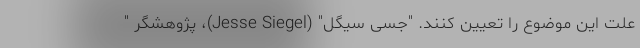
علت این موضوع را تعیین کنند. "جسی سیگل" (Jesse Siegel)، پژوهشگر "